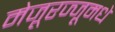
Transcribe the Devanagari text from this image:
मेजूरज्जूमधे